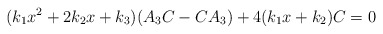
\begin{align*}(k_{1}x^{2}+2k_{2}x+k_{3})(A_{3}C-CA_{3})+4(k_{1}x+k_{2})C=0\end{align*}